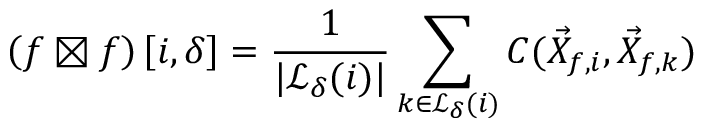
\left( f \boxtimes f \right) \left[ i , \delta \right] = \frac { 1 } { | \mathcal { L } _ { \delta } ( i ) | } \sum _ { k \in \mathcal { L } _ { \delta } ( i ) } C ( \vec { X } _ { f , i } , \vec { X } _ { f , k } )